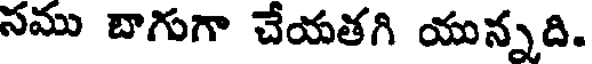
సము బాగుగా చేయతగి యున్నది.